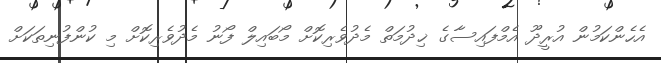
އެހެންކަމުން އުރީދޫ އެމްފައިސާގެ ޚިދުމަތް މެދުވެރިކޮށް މޯބައިލް ފޯނު މެދުވެރިކޮށް މި ކުންފުނިތަކަށް